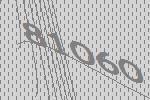
81060